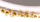
تقترب